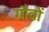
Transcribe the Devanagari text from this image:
गौवों